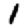
Digit: 1